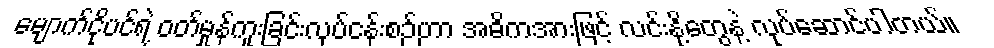
မျောက်ငိုပင်ရဲ့ ဝတ်မှုန်ကူးခြင်းလုပ်ငန်းစဉ်ဟာ အဓိကအားဖြင့် လင်းနို့တွေနဲ့ လုပ်ဆောင်ပါတယ်။